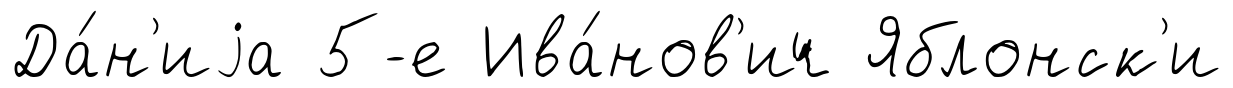
Да́н'иjа 5-е Ива́нов'ич Яблонск'и